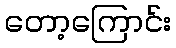
တော့ကြောင်း